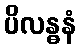
ပိလန္ဓနံ